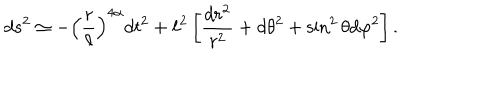
d s ^ { 2 } \simeq - \left( { \frac { r } { \ell } } \right) ^ { 4 \alpha } d t ^ { 2 } + \ell ^ { 2 } \left[ { \frac { d r ^ { 2 } } { r ^ { 2 } } } + d \theta ^ { 2 } + \sin ^ { 2 } \theta d \varphi ^ { 2 } \right] .